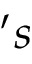
' s